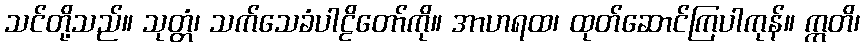
သင်တို့သည်။ သုတ္တံ၊ သက်သေခံပါဠိတော်ကို။ အာဟရထ၊ ထုတ်ဆောင်ကြပါကုန်။ ဣတိ၊